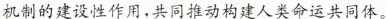
机制的建设性作用，共同推动构建人类命运共同体。